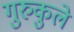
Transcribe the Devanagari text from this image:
गुरुकुले